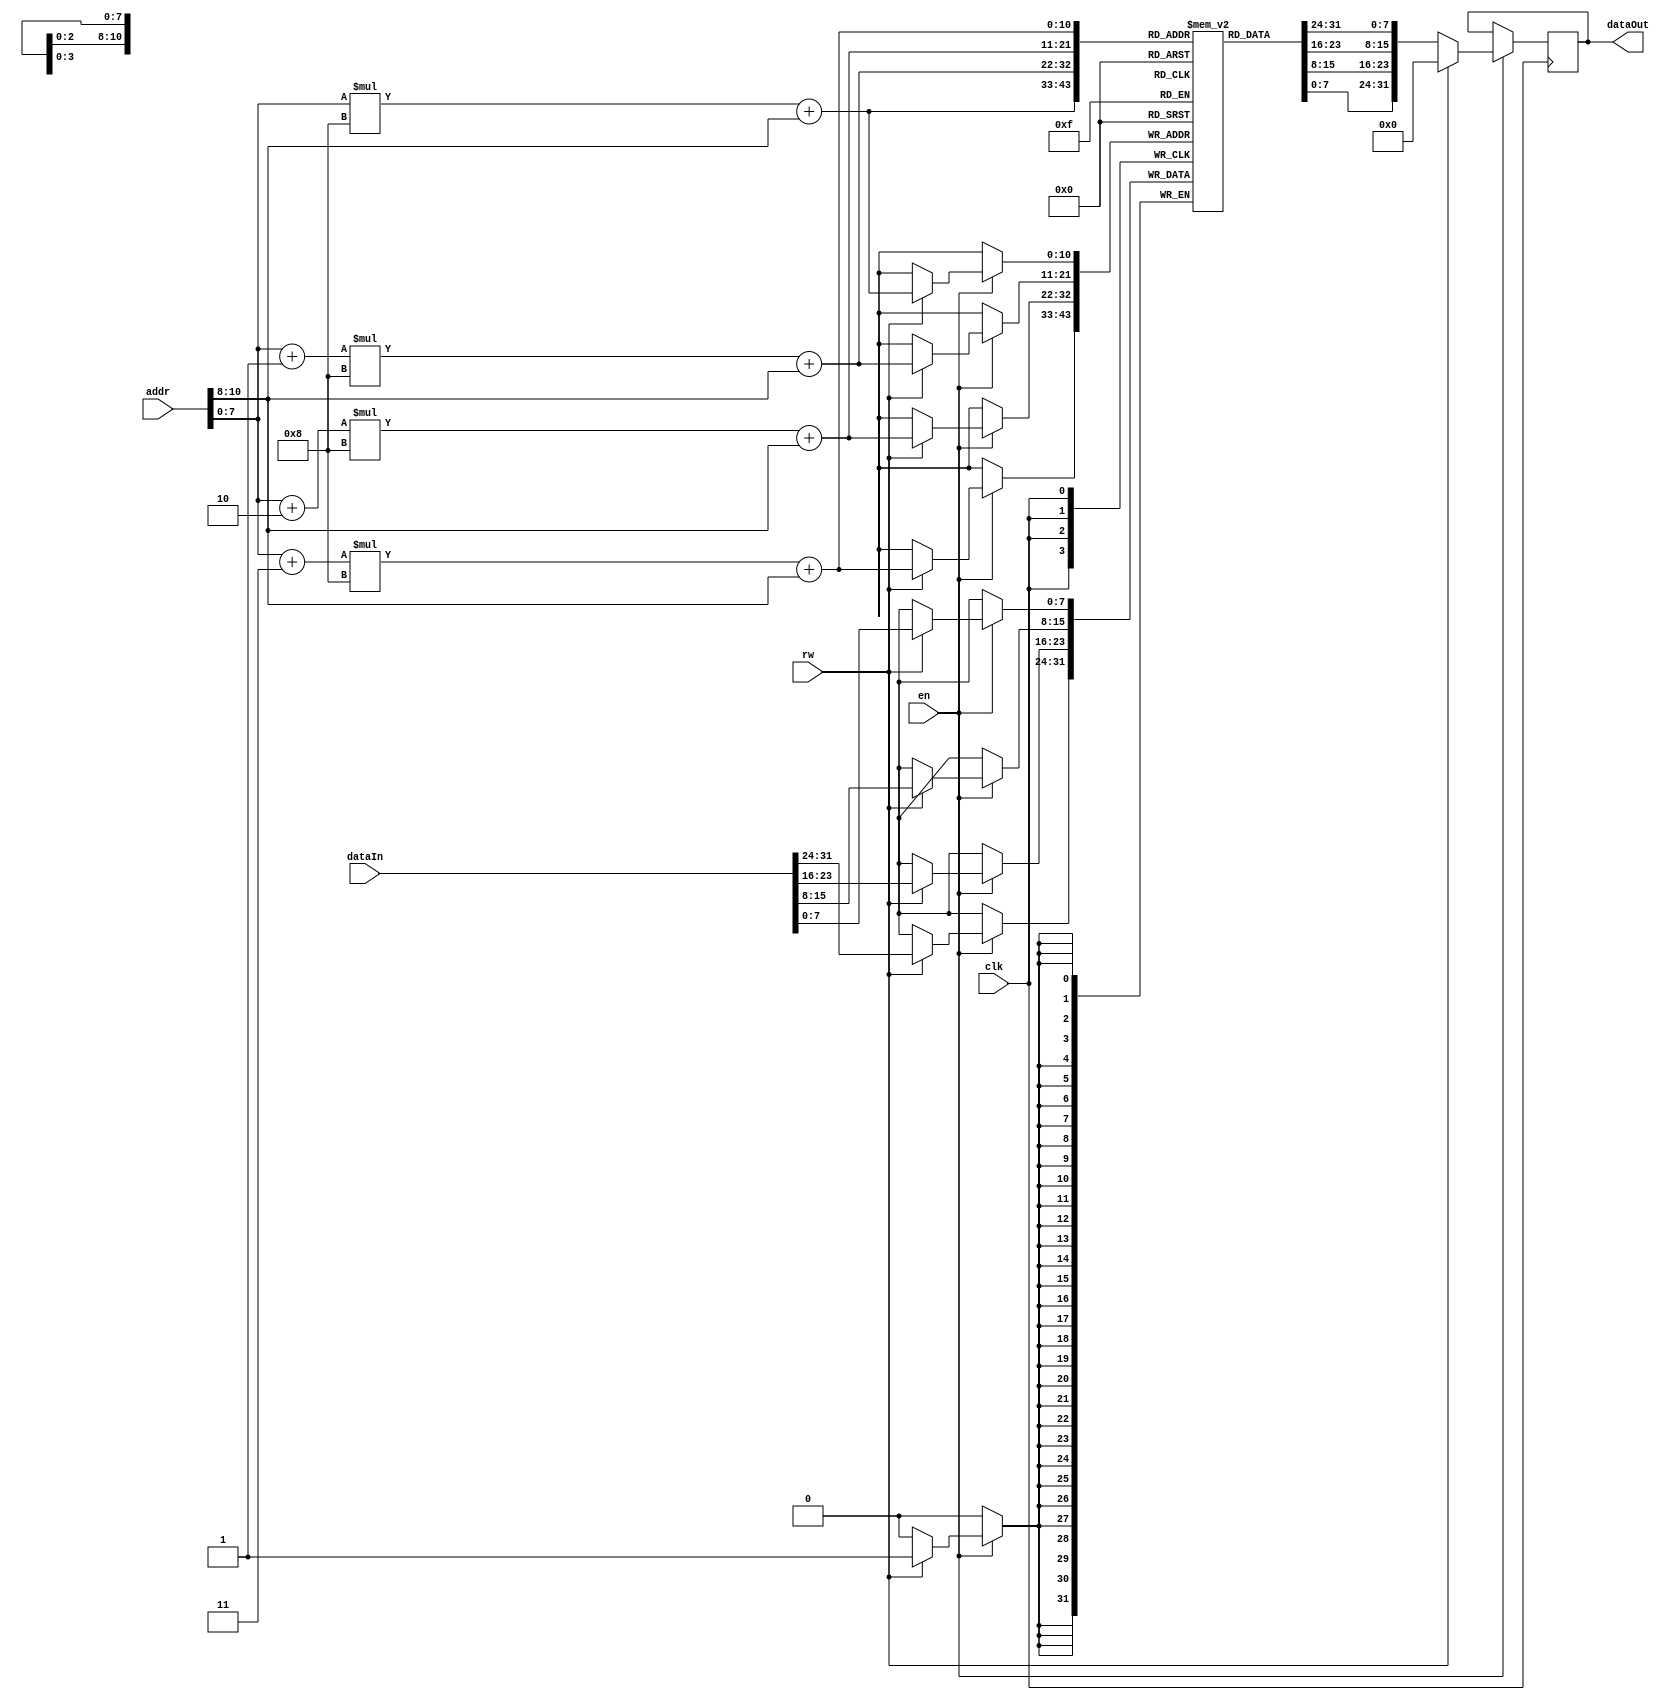
module RAM (clk, dataIn, addr, en, rw, dataOut);
	input [31:0] dataIn;
	input [31:0] addr;
	input en, rw, clk;
	output reg [31:0] dataOut;
	
	reg [7:0] chip [0:255][0:7];
	
	integer i0, i1;
	
	initial begin
		for (i0 = 0; i0<256; i0=i0+1) begin // initialize all ram addresses as 0
			for (i1 = 0; i1<8; i1=i1+1) begin
				chip [i0][i1] <= 8'b0;
			end
		end
	end
	
	always @(posedge clk) begin
		if (en == 1) begin
			if (rw == 1) begin // write
				chip[addr[7:0]][addr[10:8]] <= dataIn[7:0]; 
				chip[addr[7:0]+1][addr[10:8]] <= dataIn[15:8]; 
				chip[addr[7:0]+2][addr[10:8]] <= dataIn[23:16]; 
				chip[addr[7:0]+3][addr[10:8]] <= dataIn[31:24]; 
				dataOut <= 32'b0;
			end
			else dataOut <= {chip[addr[7:0]+3][addr[10:8]],chip[addr[7:0]+2][addr[10:8]],chip[addr[7:0]+1][addr[10:8]],chip[addr[7:0]][addr[10:8]]};
		end
	end

endmodule